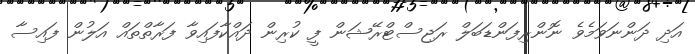
އަދި ދަންނަވަމެވެ ނޮންރިފަންޑަބަލް ރަޖިސްޓްރޭޝަން ފީ ކުރިން ދައްކާފައިވާ ފަރާތްތައް އަލުން ފައިސާ